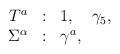
LaTeX: \begin{align*}\begin{array}{rcl} T^a &:& 1, \quad \gamma_5, \\ \Sigma^\alpha &:& \gamma^a, \end{array}\end{align*}